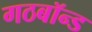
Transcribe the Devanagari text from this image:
गठबॉन्ड